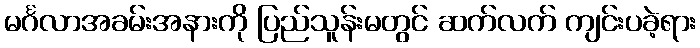
မင်္ဂလာအခမ်းအနားကို ပြည်သူန်းမတွင် ဆက်လက် ကျင်းပခဲ့ရား